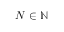
N \in \mathbb { N }